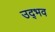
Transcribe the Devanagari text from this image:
उद्‌भव